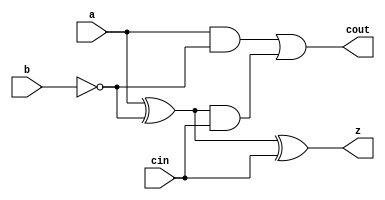
module SUB (input a, input b, input cin, output z, output cout);

wire x1, x2, x3, x4;

not(x1,b);
xor(x2,a,x1);
xor(z,x2,cin);
and(x3,a,x1);
and(x4,x2,cin);
or(cout,x3,x4);

endmodule



module PU(input a, input b, input cin, input sel, output cout, output z);

wire y;
SUB sub (.a(a), .b(b), .cin(cin), .z(y), .cout(cout));
assign z = sel ? y : a;

endmodule

module Unsigned_Divider(input [7:0]a, input [7:0]b, input[6:0]f, input [7:0]cin, output[7:0]q, output[7:0]r, output overflow);

wire [300:0]x;
wire [300:0]y;
//First layer
PU P0 (.a(a[7]), .b(b[0]), .cin(cin[0]), .sel(q[7]), .cout(x[0]), .z(y[0]));
PU P1 (.a(f[0]), .b(b[1]), .cin(x[0]), .sel(q[7]), .cout(x[1]), .z(y[1]));
PU P2 (.a(f[1]), .b(b[2]), .cin(x[1]), .sel(q[7]), .cout(x[2]), .z(y[2]));
PU P3 (.a(f[2]), .b(b[3]), .cin(x[2]), .sel(q[7]), .cout(x[3]), .z(y[3]));
PU P4 (.a(f[3]), .b(b[4]), .cin(x[3]), .sel(q[7]), .cout(x[4]), .z(y[4]));
PU P5 (.a(f[4]), .b(b[5]), .cin(x[4]), .sel(q[7]), .cout(x[5]), .z(y[5]));
PU P6 (.a(f[5]), .b(b[6]), .cin(x[5]), .sel(q[7]), .cout(x[6]), .z(y[6]));
PU P7 (.a(f[6]), .b(b[7]), .cin(x[6]), .sel(q[7]), .cout(x[7]), .z(y[7]));
assign q[7]= x[7];

//Second layer
PU P8 (.a(a[6]), .b(b[0]), .cin(cin[1]), .sel(q[6]), .cout(x[8]), .z(y[8]));
PU P9 (.a(y[0]), .b(b[1]), .cin(x[8]), .sel(q[6]), .cout(x[9]), .z(y[9]));
PU P10 (.a(y[1]), .b(b[2]), .cin(x[9]), .sel(q[6]), .cout(x[10]), .z(y[10]));
PU P11 (.a(y[2]), .b(b[3]), .cin(x[10]), .sel(q[6]), .cout(x[11]), .z(y[11]));
PU P12 (.a(y[3]), .b(b[4]), .cin(x[11]), .sel(q[6]), .cout(x[12]), .z(y[12]));
PU P13 (.a(y[4]), .b(b[5]), .cin(x[12]), .sel(q[6]), .cout(x[13]), .z(y[13]));
PU P14 (.a(y[5]), .b(b[6]), .cin(x[13]), .sel(q[6]), .cout(x[14]), .z(y[14]));
PU P15 (.a(y[6]), .b(b[7]), .cin(x[14]), .sel(q[6]), .cout(x[15]), .z(y[15]));
assign q[6]= x[15];

//Third layer
PU P16 (.a(a[5]), .b(b[0]), .cin(cin[2]), .sel(q[5]), .cout(x[16]), .z(y[16]));
PU P17 (.a(y[8]), .b(b[1]), .cin(x[16]), .sel(q[5]), .cout(x[17]), .z(y[17]));
PU P18 (.a(y[9]), .b(b[2]), .cin(x[17]), .sel(q[5]), .cout(x[18]), .z(y[18]));
PU P19 (.a(y[10]), .b(b[3]), .cin(x[18]), .sel(q[5]), .cout(x[19]), .z(y[19]));
PU P20 (.a(y[11]), .b(b[4]), .cin(x[19]), .sel(q[5]), .cout(x[20]), .z(y[20]));
PU P21 (.a(y[12]), .b(b[5]), .cin(x[20]), .sel(q[5]), .cout(x[21]), .z(y[21]));
PU P22 (.a(y[13]), .b(b[6]), .cin(x[21]), .sel(q[5]), .cout(x[22]), .z(y[22]));
PU P23 (.a(y[14]), .b(b[7]), .cin(x[22]), .sel(q[5]), .cout(x[23]), .z(y[23]));
assign q[5]= x[23];

//Forth layer
PU P24 (.a(a[4]), .b(b[0]), .cin(cin[3]), .sel(q[4]), .cout(x[24]), .z(y[24]));
PU P25 (.a(y[16]), .b(b[1]), .cin(x[24]), .sel(q[4]), .cout(x[25]), .z(y[25]));
PU P26 (.a(y[17]), .b(b[2]), .cin(x[25]), .sel(q[4]), .cout(x[26]), .z(y[26]));
PU P27 (.a(y[18]), .b(b[3]), .cin(x[26]), .sel(q[4]), .cout(x[27]), .z(y[27]));
PU P28 (.a(y[19]), .b(b[4]), .cin(x[27]), .sel(q[4]), .cout(x[28]), .z(y[28]));
PU P29 (.a(y[20]), .b(b[5]), .cin(x[28]), .sel(q[4]), .cout(x[29]), .z(y[29]));
PU P30 (.a(y[21]), .b(b[6]), .cin(x[29]), .sel(q[4]), .cout(x[30]), .z(y[30]));
PU P31 (.a(y[22]), .b(b[7]), .cin(x[30]), .sel(q[4]), .cout(x[31]), .z(y[31]));
assign q[4]= x[31];

//Fifth layer
PU P32 (.a(a[3]), .b(b[0]), .cin(cin[4]), .sel(q[3]), .cout(x[32]), .z(y[32]));
PU P33 (.a(y[24]), .b(b[1]), .cin(x[32]), .sel(q[3]), .cout(x[33]), .z(y[33]));
PU P34 (.a(y[25]), .b(b[2]), .cin(x[33]), .sel(q[3]), .cout(x[34]), .z(y[34]));
PU P35 (.a(y[26]), .b(b[3]), .cin(x[34]), .sel(q[3]), .cout(x[35]), .z(y[35]));
PU P36 (.a(y[27]), .b(b[4]), .cin(x[35]), .sel(q[3]), .cout(x[36]), .z(y[36]));
PU P37 (.a(y[28]), .b(b[5]), .cin(x[36]), .sel(q[3]), .cout(x[37]), .z(y[37]));
PU P38 (.a(y[29]), .b(b[6]), .cin(x[37]), .sel(q[3]), .cout(x[38]), .z(y[38]));
PU P39 (.a(y[30]), .b(b[7]), .cin(x[38]), .sel(q[3]), .cout(x[39]), .z(y[39]));
assign q[3]= x[39];

//Sixth layer
PU P40 (.a(a[2]), .b(b[0]), .cin(cin[5]), .sel(q[2]), .cout(x[40]), .z(y[40]));
PU P41 (.a(y[32]), .b(b[1]), .cin(x[40]), .sel(q[2]), .cout(x[41]), .z(y[41]));
PU P42 (.a(y[33]), .b(b[2]), .cin(x[41]), .sel(q[2]), .cout(x[42]), .z(y[42]));
PU P43 (.a(y[34]), .b(b[3]), .cin(x[42]), .sel(q[2]), .cout(x[43]), .z(y[43]));
PU P44 (.a(y[35]), .b(b[4]), .cin(x[43]), .sel(q[2]), .cout(x[44]), .z(y[44]));
PU P45 (.a(y[36]), .b(b[5]), .cin(x[44]), .sel(q[2]), .cout(x[45]), .z(y[45]));
PU P46 (.a(y[37]), .b(b[6]), .cin(x[45]), .sel(q[2]), .cout(x[46]), .z(y[46]));
PU P47 (.a(y[38]), .b(b[7]), .cin(x[46]), .sel(q[2]), .cout(x[47]), .z(y[47]));
assign q[2]= x[47];

//Seventh layer
PU P48 (.a(a[1]), .b(b[0]), .cin(cin[6]), .sel(q[1]), .cout(x[48]), .z(y[48]));
PU P49 (.a(y[40]), .b(b[1]), .cin(x[48]), .sel(q[1]), .cout(x[49]), .z(y[49]));
PU P50 (.a(y[41]), .b(b[2]), .cin(x[49]), .sel(q[1]), .cout(x[50]), .z(y[50]));
PU P51 (.a(y[42]), .b(b[3]), .cin(x[50]), .sel(q[1]), .cout(x[51]), .z(y[51]));
PU P52 (.a(y[43]), .b(b[4]), .cin(x[51]), .sel(q[1]), .cout(x[52]), .z(y[52]));
PU P53 (.a(y[44]), .b(b[5]), .cin(x[52]), .sel(q[1]), .cout(x[53]), .z(y[53]));
PU P54 (.a(y[45]), .b(b[6]), .cin(x[53]), .sel(q[1]), .cout(x[54]), .z(y[54]));
PU P55 (.a(y[46]), .b(b[7]), .cin(x[54]), .sel(q[1]), .cout(x[55]), .z(y[55]));
assign q[1]= x[55];

//Eigth layer
PU P56 (.a(a[0]), .b(b[0]), .cin(cin[7]), .sel(q[0]), .cout(x[56]), .z(r[0]));
PU P57 (.a(y[48]), .b(b[1]), .cin(x[56]), .sel(q[0]), .cout(x[57]), .z(r[1]));
PU P58 (.a(y[49]), .b(b[2]), .cin(x[57]), .sel(q[0]), .cout(x[58]), .z(r[2]));
PU P59 (.a(y[50]), .b(b[3]), .cin(x[58]), .sel(q[0]), .cout(x[59]), .z(r[3]));
PU P60 (.a(y[51]), .b(b[4]), .cin(x[59]), .sel(q[0]), .cout(x[60]), .z(r[4]));
PU P61 (.a(y[52]), .b(b[5]), .cin(x[60]), .sel(q[0]), .cout(x[61]), .z(r[5]));
PU P62 (.a(y[53]), .b(b[6]), .cin(x[61]), .sel(q[0]), .cout(x[62]), .z(r[6]));
PU P63 (.a(y[54]), .b(b[7]), .cin(x[62]), .sel(q[0]), .cout(x[63]), .z(r[7]));
assign q[0]= x[63];

assign overflow = ~(b[7]|b[6]|b[5]|b[4]|b[3]|b[2]| b[1]|b[0]);

endmodule